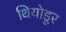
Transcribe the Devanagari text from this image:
थियोडूर